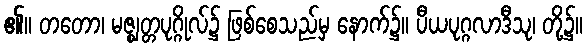
၏။ တတော၊ မဇ္ဈတ္တပုဂ္ဂိုလ်၌ ဖြစ်စေသည်မှ နောက်၌။ ပီယပုဂ္ဂလာဒီသု၊ တို့၌။